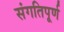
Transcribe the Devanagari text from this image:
संगतिपूर्ण